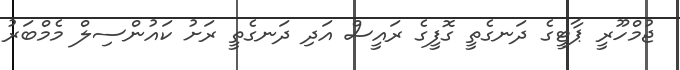
ޖުމްހޫރީ ޕާޓީގެ ދަނގެތީ ގޮފީގެ ރައީސް އަދި ދަނގެތީ ރަށު ކައުންސިލް މެމްބަރު